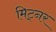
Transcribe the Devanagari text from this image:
मिट्नर